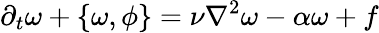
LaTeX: \partial_{t}\omega+\left\{ \omega,\phi\right\} =\nu\nabla^{2}\omega-\alpha\omega+f